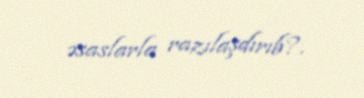
əsaslarla razılaşdırıb?.